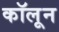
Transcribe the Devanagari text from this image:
कॉलून